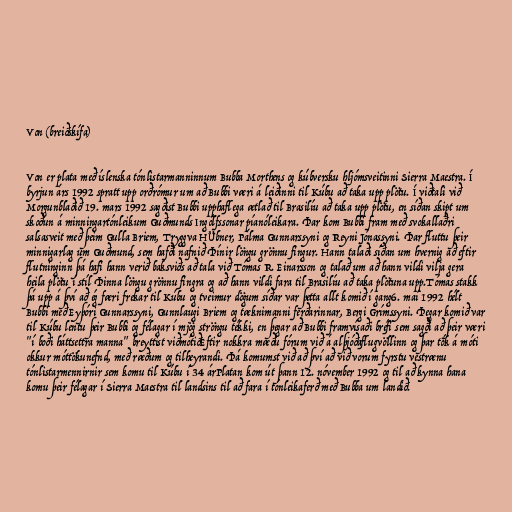
Von (breiðskífa)

Von er plata með íslenska tónlistarmanninnum Bubba Morthens og kúbversku hljómsveitinni Sierra Maestra. Í
byrjun árs 1992 spratt upp orðrómur um að Bubbi væri á leiðinni til Kúbu að taka upp plötu. Í viðtali við
Morgunblaðið 19. mars 1992 sagðist Bubbi upphaflega ætlað til Brasilíu að taka upp plötu, en síðan skipt um
skoðun á minningartónleikum Guðmunds Ingólfssonar píanóleikara. Þar kom Bubbi fram með svokallaðri
salsasveit með þeim Gulla Briem, Tryggva HÜbner, Pálma Gunnarssyni og Reyni Jónassyni. Þar fluttu þeir
minnigarlag um Guðmund, sem hafði nafnið Þínir löngu grönnu fingur. Hann talaði síðan um hvernig að eftir
flutninginn þá hafi hann verið baksviðs að tala við Tómas R. Einarsson og talað um að hann vildi vilja gera
heila plötu í stíl Þinna löngu grönnu fingra og að hann vildi fara til Brasilíu að taka plötuna upp.Tómas stakk
þá upp á því að ég færi frekar til Kúbu og tveimur dögum síðar var þetta allt komið í gang6. maí 1992 hélt
Bubbi með Eyþóri Gunnarssyni, Gunnlaugi Briem og tæknimanni ferðarinnar, Bergi Grímssyni. Þegar komið var
til Kúbu lentu þeir Bubbi og félagar í mjög ströngu tékki, en þegar að Bubbi framvísaði bréfi sem sagði að þeir væri
"í boði háttsettra manna" breyttist viðmótiðEftir nokkra mæðu fórum við á alþjóðaflugvöllinn og þar tók á móti
okkur móttökunefnd, með ræðum og tilheyrandi. Þá komumst við að því að við vorum fyrstu vestrænu
tónlistarmennirnir sem komu til Kúbu í 34 árPlatan kom út þann 12. nóvember 1992 og til að kynna hana
komu þeir félagar í Sierra Maestra til landsins til að fara í tónleikaferð með Bubba um landið.